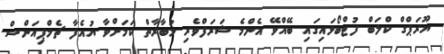
ޔޫރަޕްގް ކްލަބް ފުޓްބޯޅައިގައި ބޭއްވޭ އެންމެ ޝަރަފްވެރި މުބާރާތް ކަމަށްވާ ޔުއެފާ ޗެމްޕިއަންސް